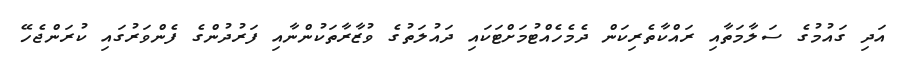
އަދި ގައުމުގެ ސަލާމަތާއި ރައްކާތެރިކަން ދެމެހެއްޓުމަށްޓަކައި ދައުލަތުގެ ވުޒާރާތަކުންނާއި ފަރުދުންގެ ފެންވަރުގައި ކުރަންޖެހޭ